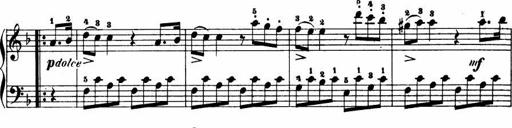
Title: Le bouquetier
Composer: Anton Diabelli
Key: G major
 C major
 F major
 C major